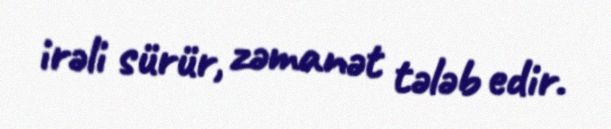
irəli sürür, zəmanət tələb edir.